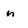
Character: n